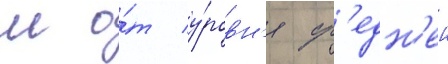
м о́т у́ровн'я ср'едн'еи